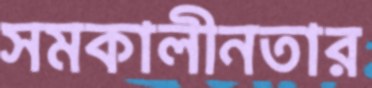
সমকালীনতার